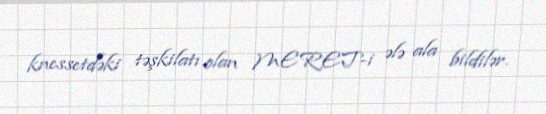
knessetdəki təşkilatı olan MERET-i ələ ala bildilər.